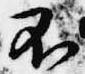
不